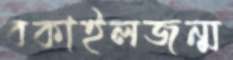
বকাইলজন্ম